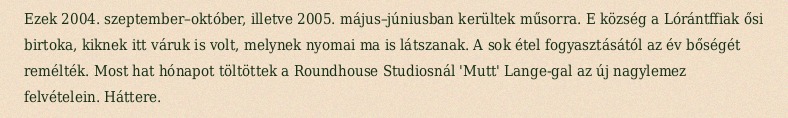
Ezek 2004. szeptember–október, illetve 2005. május–júniusban kerültek műsorra. E község a Lórántffiak ősi birtoka, kiknek itt váruk is volt, melynek nyomai ma is látszanak. A sok étel fogyasztásától az év bőségét remélték. Most hat hónapot töltöttek a Roundhouse Studiosnál 'Mutt' Lange-gal az új nagylemez felvételein. Háttere.